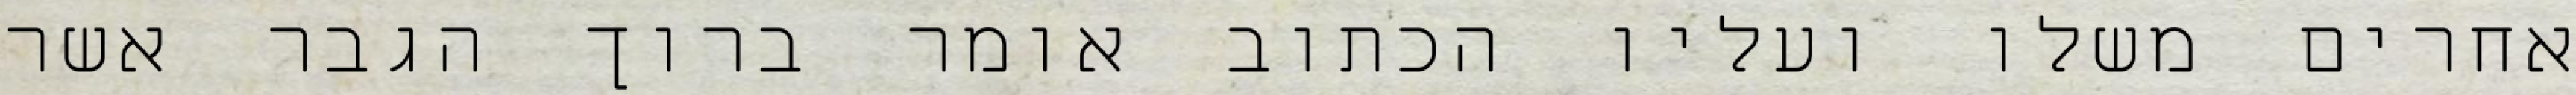
אחרים משלו ועליו הכתוב אומר ברוך הגבר אשר